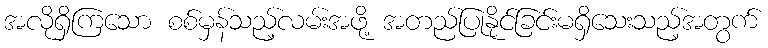
အလိုရှိကြသော စစ်မှန်သည့်လမ်းအဖို့ အတည်ပြုနိုင်ခြင်းမရှိသေးသည့်အတွက်